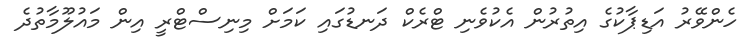
ހެންވޭރު އަޑިޕާކުގެ އިތުރުން އެކުވެނި ޓްރެކް ދަނޑުގައި ކަމަށް މިނިސްޓްރީ އިން މައުލޫމާތުދެ